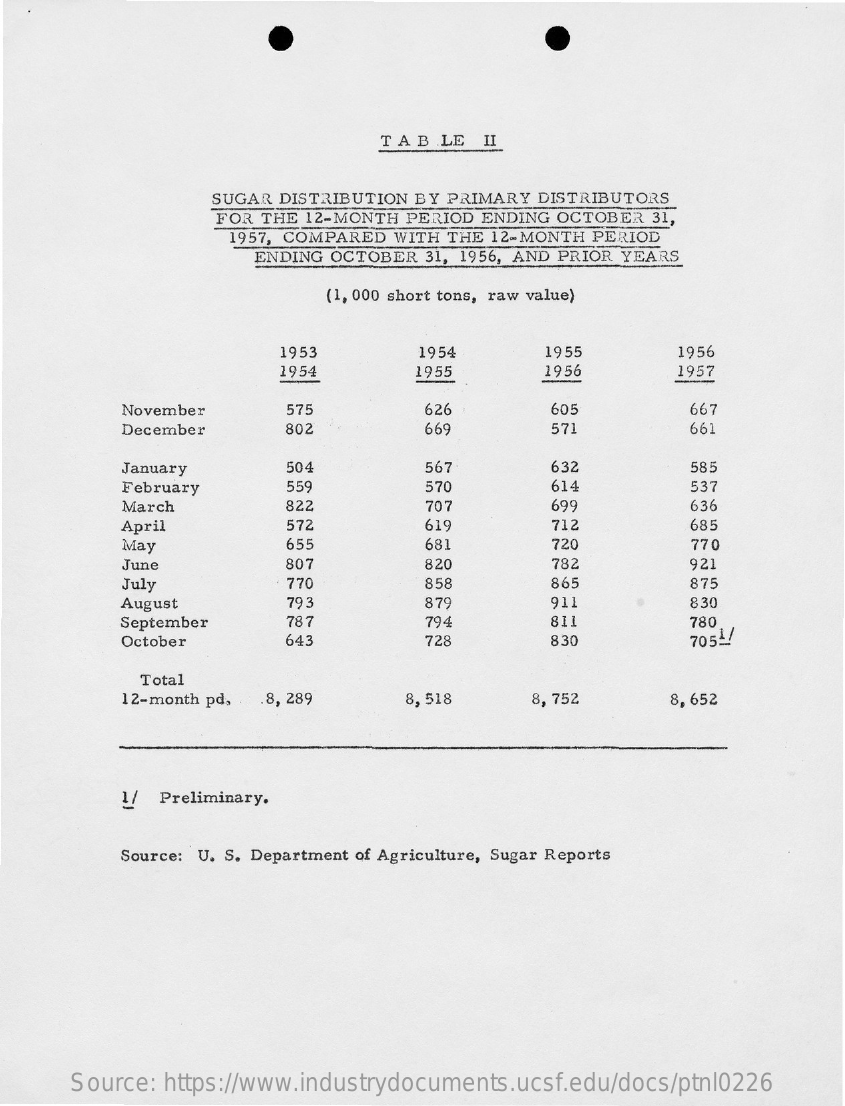
TAB  LE  II
     SUGAR DISTRIBUTION BY PRIMARY DISTRIBUTORS
     FOR THE 12-MONTH PERIOD ENDING OCTOBER 31,
     1957, COMPARED WITH THE 12- MONTH PERIOD
     ENDING OCTOBER 31, 1956, AND PRIOR YEARS
     (1, 000 short tons, raw value)
     1953    1954    1955    1956
     1954    1955    1956    1957
     November    575    626    605    667
     December    802    669    57.    661
     January    504    567    632    58:
     February    55    570    614    537
     March    822    707    699    636
     April    572    619    712    685
     May    655    681    720    770
     June    807    820    782    921
     July    770    858    865    875
     August    79 3    879    911    830
     September    787    794    811    780
     October    643    728    830    7054/
     Total
     12-month pd, .8, 289    8,518    8, 752    8,652
     1/  Preliminary.
     Source: U. S. Department of Agriculture, Sugar Reports
     Source: https://www.industrydocuments.ucsf.edu/docs/ptnl0226